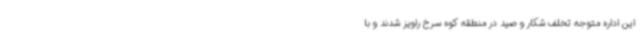
این اداره متوجه تخلف شکار و صید در منطقه کوه سرخ راویز شدند و با